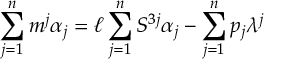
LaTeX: \sum _ { j = 1 } ^ { n } m ^ { j } \alpha _ { j } = \ell \sum _ { j = 1 } ^ { n } S ^ { 3 j } \alpha _ { j } - \sum _ { j = 1 } ^ { n } p _ { j } \lambda ^ { j }